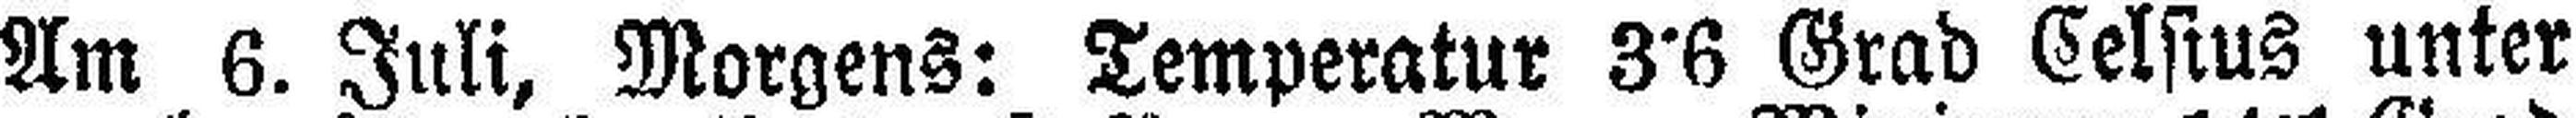
Am 6. Juli, Morgens: Temperatur 3°6 Grad Celsius unter